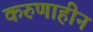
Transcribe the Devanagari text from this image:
करुणाहीन